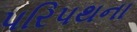
પરિપથના